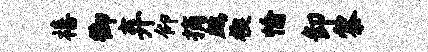
禧御弃仰摘鹧楔愉卸黎